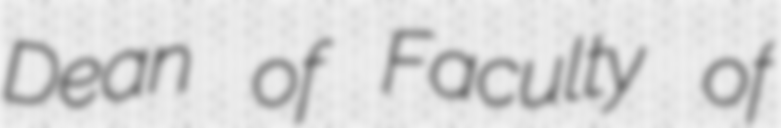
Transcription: Dean of Faculty of